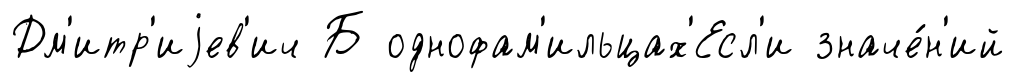
Дм'итр'иjев'ич Б однофам'ильцах'Есл'и значе́н'ий